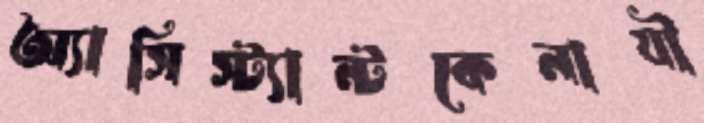
অ্যাসিস্ট্যান্টকেনাযী